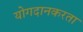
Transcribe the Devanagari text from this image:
योगदानकरता